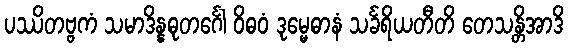
ပဿိတဗ္ဗကံ သမာဒိန္နဓုတင်္ဂေါ ဝိဓဝံ ဒုမ္မေဓာနံ သင်္ခရိယတီတိ တေသန္တိအာဒိ